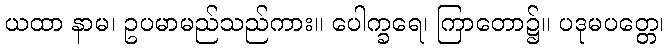
ယထာ နာမ၊ ဥပမာမည်သည်ကား။ ပေါက္ခရေ၊ ကြာတော၌။ ပဒုမပတ္တေ၊